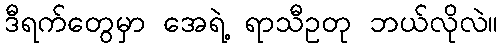
ဒီရက်တွေမှာ အေရဲ့ ရာသီဥတု ဘယ်လိုလဲ။